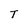
Character: T